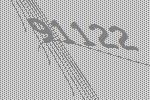
91122